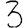
Digit: 3